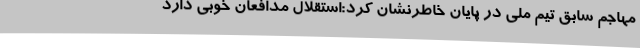
مهاجم سابق تیم ملی در پایان خاطرنشان کرد:استقلال مدافعان خوبی دارد